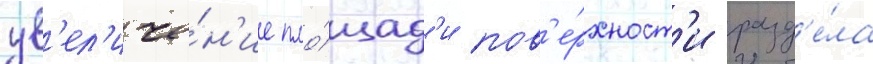
ув'ел'иче́н'ие пло́щад'и пов'е́рхност'и разд'е́ла